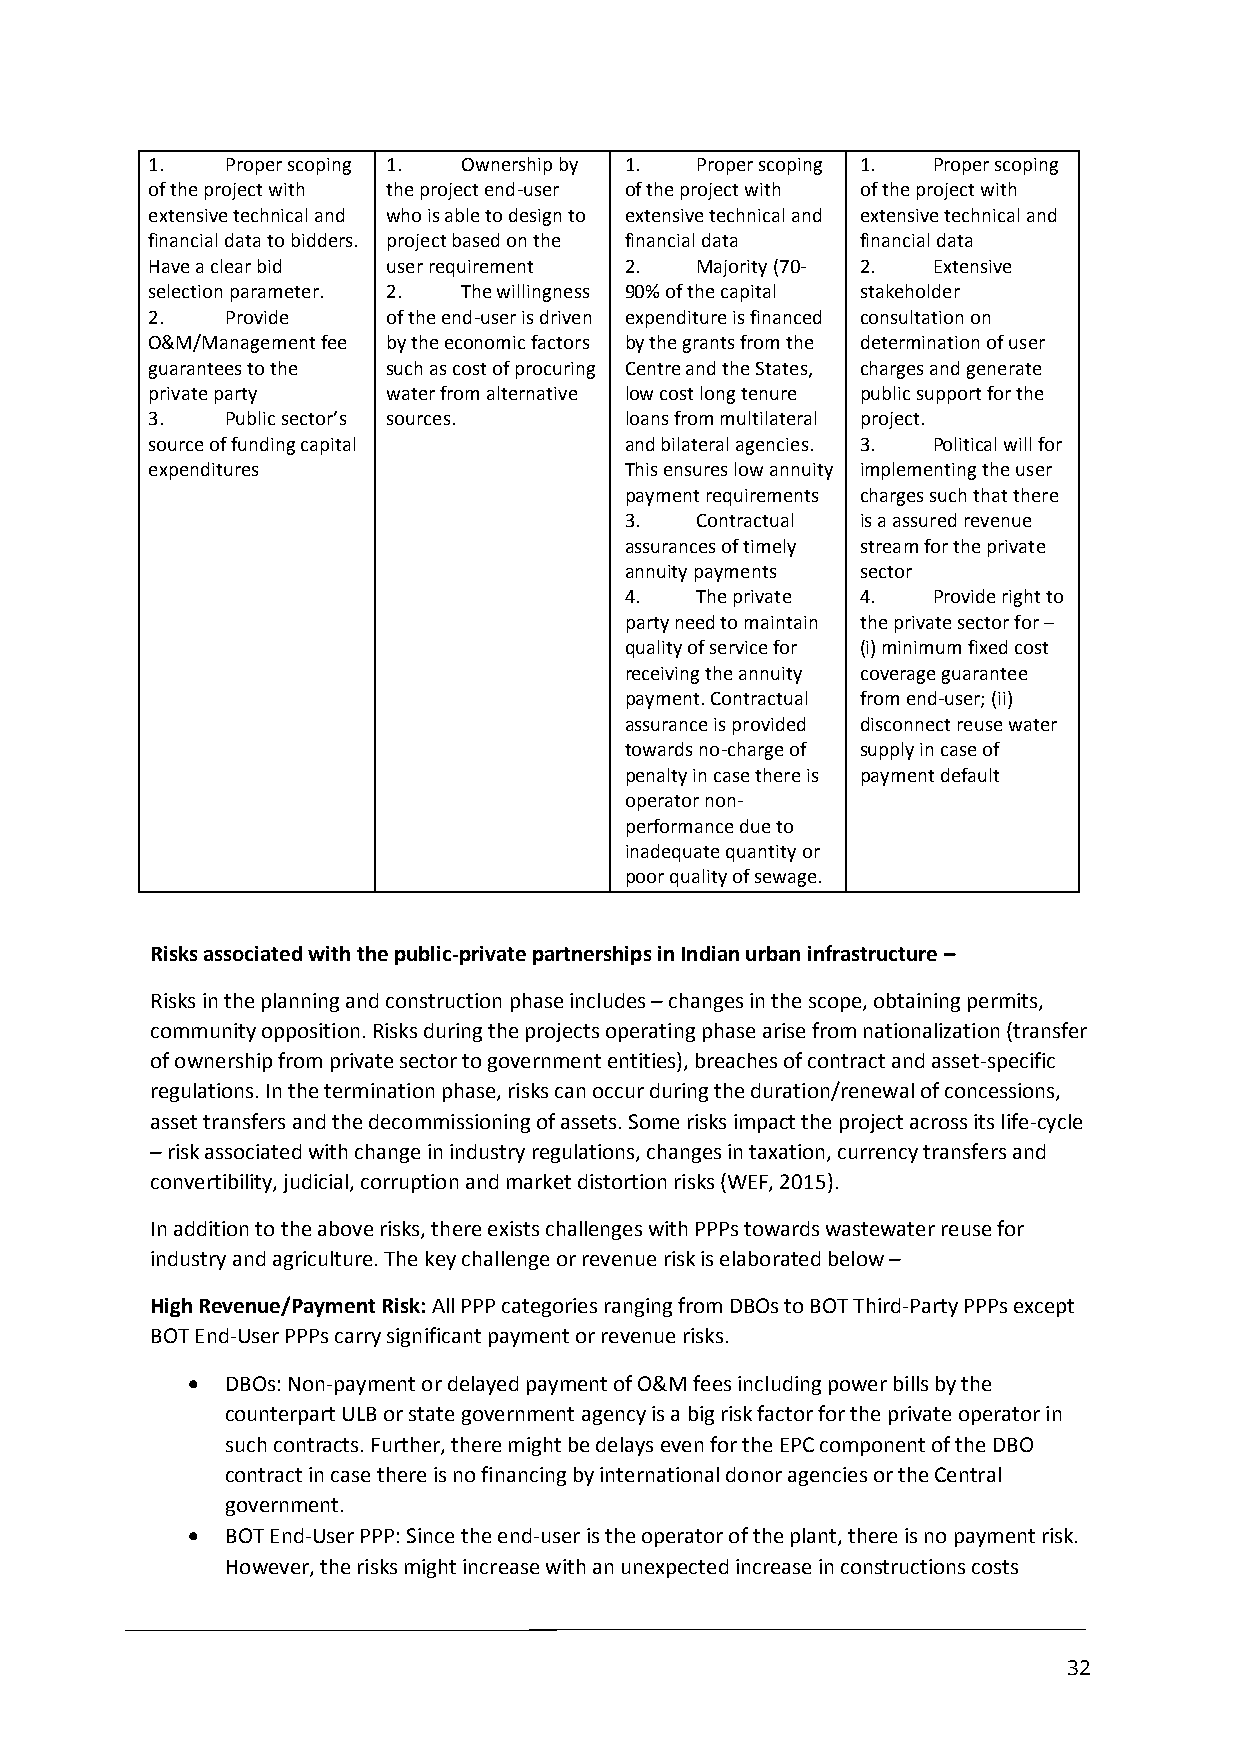
1.   Proper scoping 1. Ownership by 1. Proper scoping 1. Proper scoping
 of the project with the project end-user of the project with of the project with
 extensive technical and who is able to design to extensive technical and extensive technical and
 financial data to bidders. project based on the financial data financial data
 Have a clear bid user requirement 2. Majority (70- 2. Extensive
 selection parameter. 2. The willingness 90% of the capital stakeholder
 2.   Provide    of the end-user is driven expenditure is financed consultation on
 O&M/Management fee by the economic factors by the grants from the determination of user
 guarantees to the such as cost of procuring Centre and the States, charges and generate
 private party   water from alternative low cost long tenure public support for the
 3.   Public sector’s sources.  loans from multilateral project.
 source of funding capital      and bilateral agencies. 3. Political will for
 expenditures                   This ensures low annuity implementing the user
 payment requirements charges such that there
 3.   Contractual is a assured revenue
 assurances of timely stream for the private
 annuity payments sector
 4.   The private 4.  Provide right to
 party need to maintain the private sector for –
 quality of service for (i) minimum fixed cost
 receiving the annuity coverage guarantee
 payment. Contractual from end-user; (ii)
 assurance is provided disconnect reuse water
 towards no-charge of supply in case of
 penalty in case there is payment default
 operator non-
 performance due to
 inadequate quantity or
 poor quality of sewage.
 Risks associated with the public-private partnerships in Indian urban infrastructure –
 Risks in the planning and construction phase includes – changes in the scope, obtaining permits,
 community opposition. Risks during the projects operating phase arise from nationalization (transfer
 of ownership from private sector to government entities), breaches of contract and asset-specific
 regulations. In the termination phase, risks can occur during the duration/renewal of concessions,
 asset transfers and the decommissioning of assets. Some risks impact the project across its life-cycle
 – risk associated with change in industry regulations, changes in taxation, currency transfers and
 convertibility, judicial, corruption and market distortion risks (WEF, 2015).
 In addition to the above risks, there exists challenges with PPPs towards wastewater reuse for
 industry and agriculture. The key challenge or revenue risk is elaborated below –
 High Revenue/Payment Risk: All PPP categories ranging from DBOs to BOT Third-Party PPPs except
 BOT End-User PPPs carry significant payment or revenue risks.
   DBOs: Non-payment or delayed payment of O&M fees including power bills by the
 counterpart ULB or state government agency is a big risk factor for the private operator in
 such contracts. Further, there might be delays even for the EPC component of the DBO
 contract in case there is no financing by international donor agencies or the Central
 government.
   BOT End-User PPP: Since the end-user is the operator of the plant, there is no payment risk.
 However, the risks might increase with an unexpected increase in constructions costs
 32